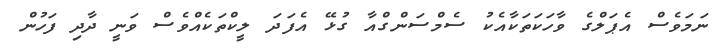
ނަމަވެސް އެޕަލްގެ ވާހަކަތަކާއެކު ސެމްސަންގްއާ ގުޅޭ އެފަދަ ލީކްތަކެއްވެސް ވަނީ ދާދި ފަހުން